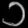
Digit: ၁